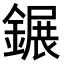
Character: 𨫀